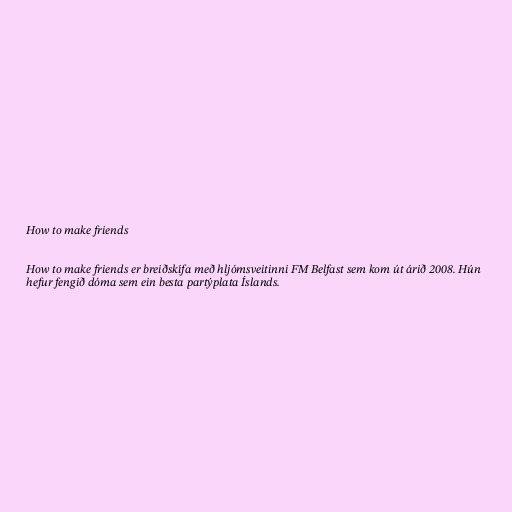
How to make friends

How to make friends er breiðskífa með hljómsveitinni FM Belfast sem kom út árið 2008. Hún
hefur fengið dóma sem ein besta partýplata Íslands.